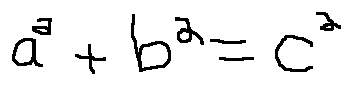
a ^ { 2 } + b ^ { 2 } = c ^ { 2 }